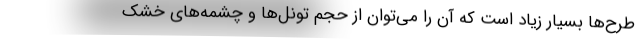
طرح‌ها بسیار زیاد است که آن را می‌توان از حجم تونل‌ها و چشمه‌های خشک